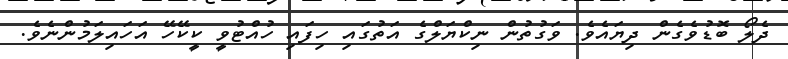
ދެލޯ ބޮޑުވެގެން ދިޔައެވެ. ވަގުތުން ނިކްޔަލްގެ އަތުގައި ހިފައި ހުއްޓުވީ ކީކޭހޭ އަހައިލަމުންނެވެ.